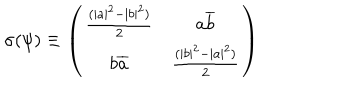
LaTeX: \sigma ( \psi ) \equiv \left( \begin{array} { c c } { { \frac { ( | a | ^ { 2 } - | b | ^ { 2 } ) } { 2 } } } & { { a \overline { { { b } } } } } \\ { { b \overline { { { a } } } } } & { { \frac { ( | b | ^ { 2 } - | a | ^ { 2 } ) } { 2 } } } \\ \end{array} \right)